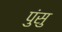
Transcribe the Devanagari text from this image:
पुंसु